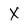
Character: X